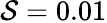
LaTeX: \mathcal{S}=0.01